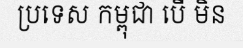
ប្រទេស កម្ពុជា បើ មិន